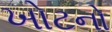
ખોટનો